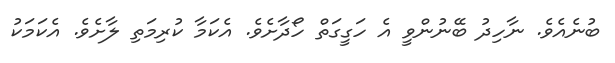
ބުނެއެވެ. ނާހިދު ބޭނުންވީ އެ ހަގީގަތް ހޯދާށެވެ. އެކަމާ ކުރިމަތި ލާށެވެ. އެކަމަކު